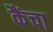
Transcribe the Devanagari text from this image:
कैंचा